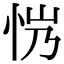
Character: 𢘏